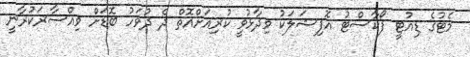
މެޓުގެ ޑިއުޓީ ފޯކާސްޓު އޮފިޝަލަކު ވިދާޅުވީ ކުރިއަށްއޮތް ދެ ދުވަހު ބޮޑަށް ވިއްސާރަކުރާނީ